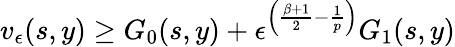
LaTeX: v_{\epsilon}(s,y)\geq G_{0}(s,y)+\epsilon^{\left(\frac{\beta+1}{2}-\frac{1}{p}\right)}G_{1}(s,y)